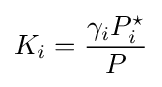
K_{i}={\frac {\gamma _{i}P_{i}^{\star }}{P}}